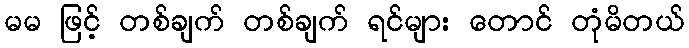
မမ ဖြင့် တစ်ချက် တစ်ချက် ရင်များ တောင် တုံမိတယ်